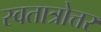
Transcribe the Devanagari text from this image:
स्वतात्रोत्तर